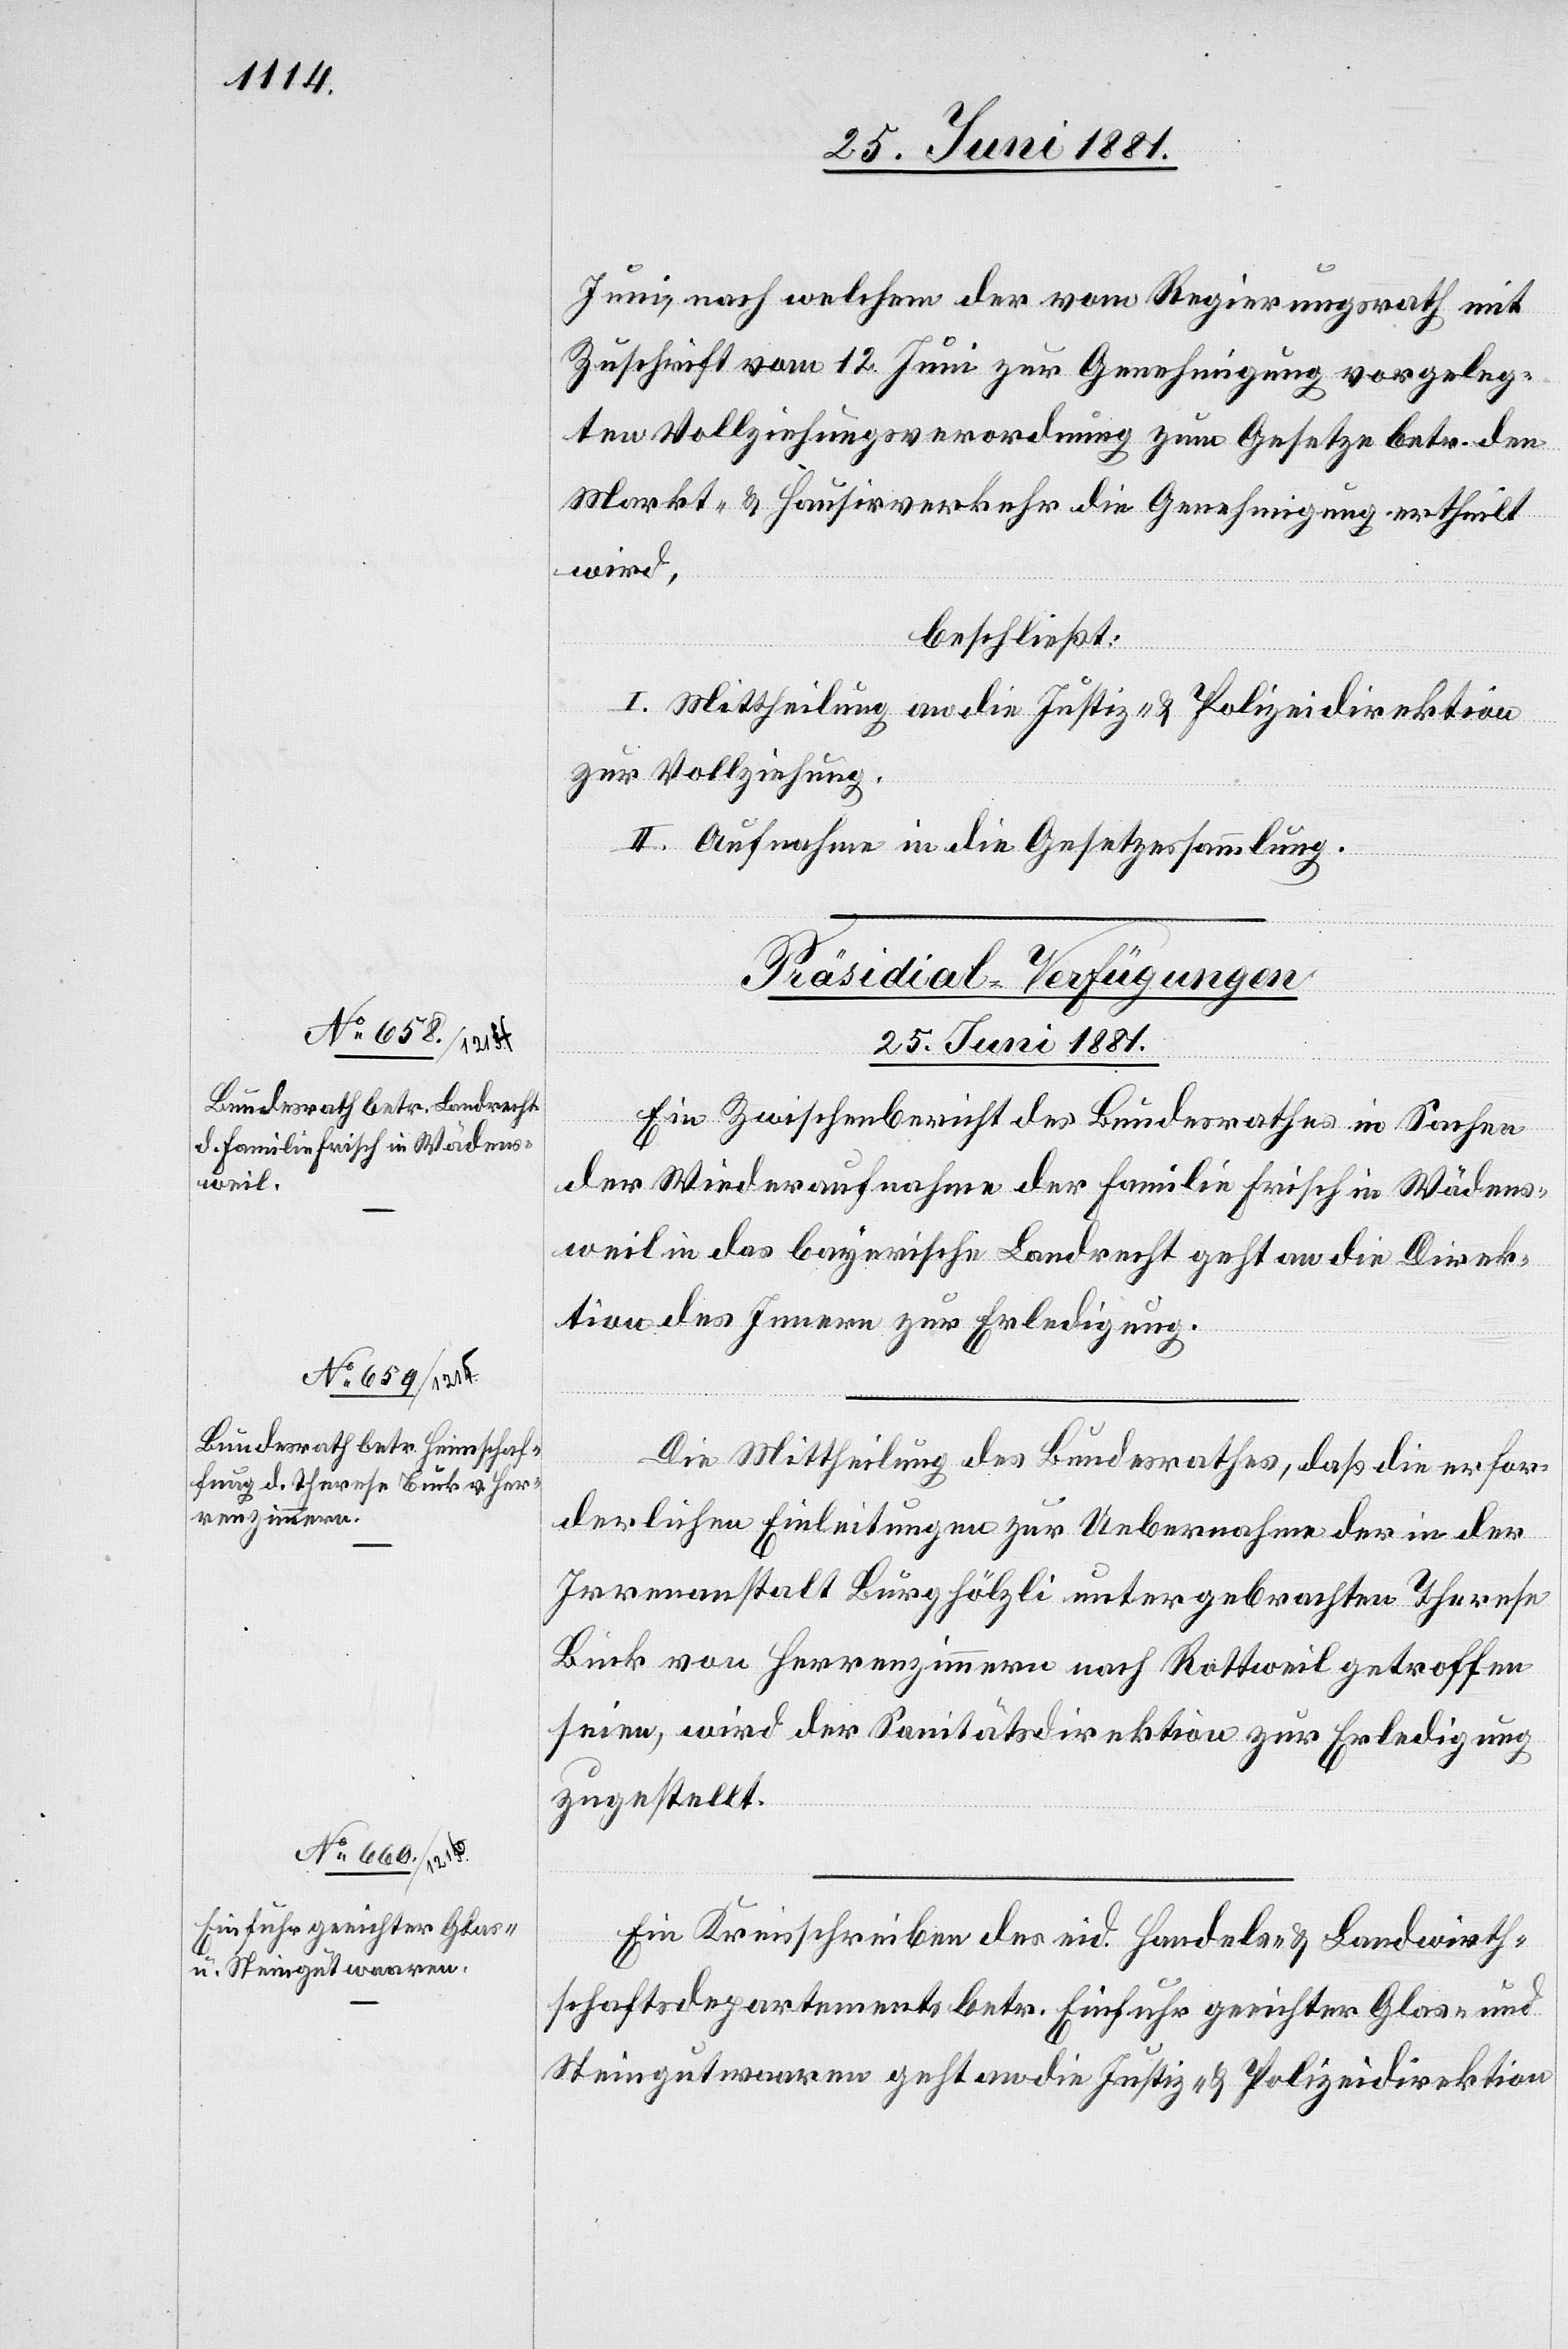
25. Juni 1881.]
Juni, nach welchem der vom Regierungsrath mit
Zuschrift vom 12. Juni zur Genehmigung vorgeleg¬
ten Vollziehungsverordnung zum Gesetze betr. den
Markt- & Hausirverkehr die Genehmigung ertheilt
wird,
beschließt:
I. Mittheilung an die Justiz- & Polizeidirektion
zur Vollziehung.
II. Aufnahme in die Gesetzessammlung.
[Präsidial-Verfügungen
Ein Zwischenbericht des Bundesrathes in Sachen
der Wiederaufnahme der Familie Frisch in Wädens¬
weil in das bayerische Landrecht geht an die Direk¬
tion des Innern zur Erledigung.
Die Mittheilung des Bundesrathes, daß die erfor¬
derlichen Einleitungen zur Uebernahme der in der
Irrenanstalt Burghölzli untergebrachten Therese
Buck von Herrenzimmern nach Rottweil getroffen
seien, wird der Sanitätsdirektion zur Erledigung
zugestellt.
Ein Kreisschreiben des eid. Handels- & Landwirth¬
schaftsdepartements betr. Einfuhr geeichter Glas- und
Steingutwaaren geht an die Justiz- & Polizeidirektion